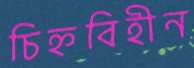
চিহ্নবিহীন